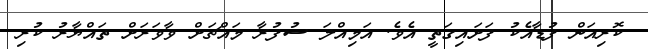
ކޮރިއަން ފުޑާއެކު ފަށައިގަތީ އެވެ. އަމިއްލަ ސުފުރާ މައްޗަށް ވާވަރަށް ތައްޔާރު ކުރި